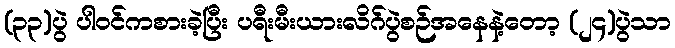
(၃၃)ပွဲ ပါဝင်ကစားခဲ့ပြီး ပရီးမီးယားလိဂ်ပွဲစဉ်အနေနဲ့တော့ (၂၄)ပွဲသာ